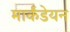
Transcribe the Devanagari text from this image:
मार्कंडेयन